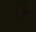
સાિ